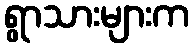
ရွာသားများက